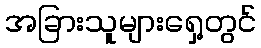
အခြားသူများရှေ့တွင်